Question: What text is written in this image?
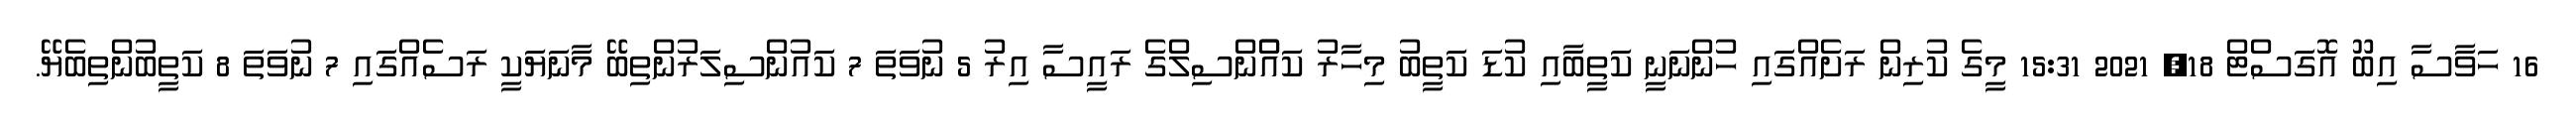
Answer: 16 ހަވާސާ އިބޫ އޮގަސްޓް 18, 2021 15:31 މީގެ ކުރިން ރަށެއްގައި ހުންނަނީ ކަތީބާއި ކުޑަ ކަތީބު މިހާރު ކައުްންސިލްގެ ރައީސާ އިރު 5 ނުވަތަ 7 ކައުންސިލަރުންތިބޭ މާނަޔަކީ ރަސެއްގައި 7 ނުވަތަ 8 ކަތީބުންތިބެޔޭ.